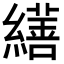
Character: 𦆇